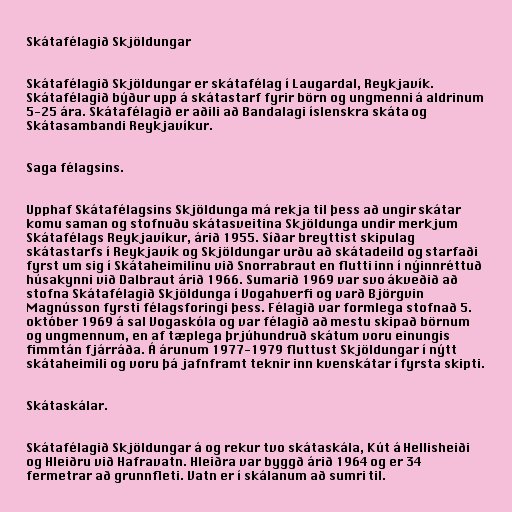
Skátafélagið Skjöldungar

Skátafélagið Skjöldungar er skátafélag í Laugardal, Reykjavík.
Skátafélagið býður upp á skátastarf fyrir börn og ungmenni á aldrinum
5-25 ára. Skátafélagið er aðili að Bandalagi íslenskra skáta og
Skátasambandi Reykjavíkur.

Saga félagsins.

Upphaf Skátafélagsins Skjöldunga má rekja til þess að ungir skátar
komu saman og stofnuðu skátasveitina Skjöldunga undir merkjum
Skátafélags Reykjavíkur, árið 1955. Síðar breyttist skipulag
skátastarfs í Reykjavík og Skjöldungar urðu að skátadeild og starfaði
fyrst um sig í Skátaheimilinu við Snorrabraut en flutti inn í nýinnréttuð
húsakynni við Dalbraut árið 1966. Sumarið 1969 var svo ákveðið að
stofna Skátafélagið Skjöldunga í Vogahverfi og varð Björgvin
Magnússon fyrsti félagsforingi þess. Félagið var formlega stofnað 5.
október 1969 á sal Vogaskóla og var félagið að mestu skipað börnum
og ungmennum, en af tæplega þrjúhundruð skátum voru einungis
fimmtán fjárráða. Á árunum 1977-1979 fluttust Skjöldungar í nýtt
skátaheimili og voru þá jafnframt teknir inn kvenskátar í fyrsta skipti.

Skátaskálar.

Skátafélagið Skjöldungar á og rekur tvo skátaskála, Kút á Hellisheiði
og Hleiðru við Hafravatn. Hleiðra var byggð árið 1964 og er 34
fermetrar að grunnfleti. Vatn er í skálanum að sumri til.